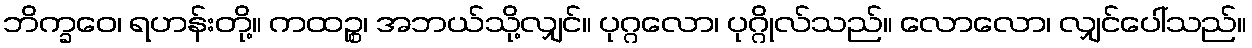
ဘိက္ခဝေ၊ ရဟန်းတို့။ ကထဉ္စ၊ အဘယ်သို့လျှင်။ ပုဂ္ဂလော၊ ပုဂ္ဂိုလ်သည်။ လောလော၊ လျှင်ပေါ်သည်။